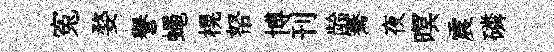
寃婺譽蠅榥帑博刊龄騫夜暝震磷